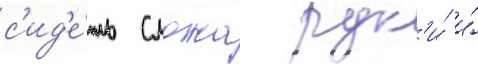
с'ид'е́ть сложа рук'и́ и́